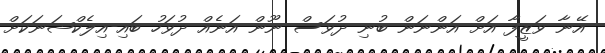
އޭނާ ވަޒީފާ އަށް އަންނަން ބުނި ދުވަސް ނޫން އަނެއް ދުވަހު ބައި-އިލެކްޝަނަކަށް